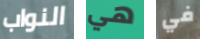
النواب هي في